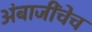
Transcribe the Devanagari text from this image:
अंबाजींचेच